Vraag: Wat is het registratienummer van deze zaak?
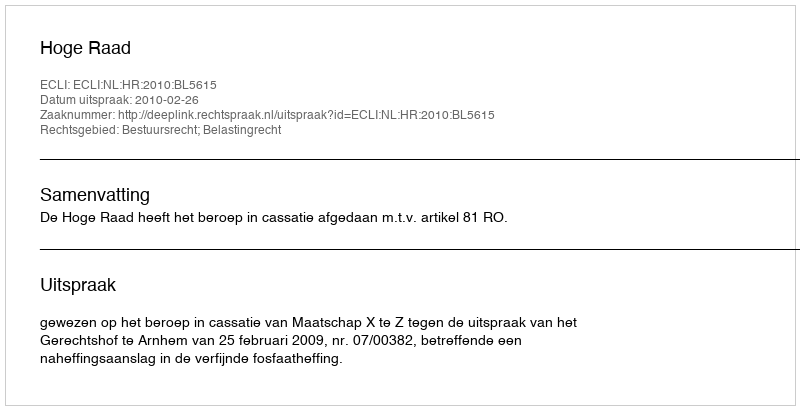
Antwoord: http://deeplink.rechtspraak.nl/uitspraak?id=ECLI:NL:HR:2010:BL5615